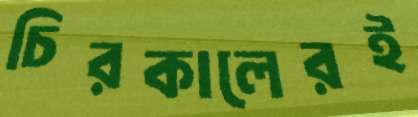
চিরকালেরই